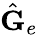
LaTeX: \hat{\mathbf{G}}_{e}